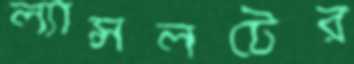
ল্যান্সলটের